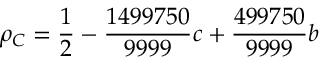
\rho _ { C } = \frac { 1 } { 2 } - \frac { 1 4 9 9 7 5 0 } { 9 9 9 9 } c + \frac { 4 9 9 7 5 0 } { 9 9 9 9 } b